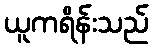
ယူကရိန်းသည်